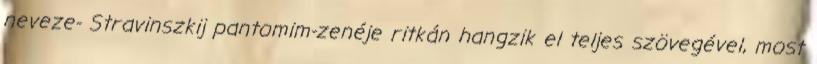
neveze- Stravinszkij pantomim-zenéje ritkán hangzik el teljes szövegével, most